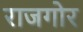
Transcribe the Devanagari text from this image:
राजगोर